65_HS1-834228961_62-HQ-83894_SUB_A
Agency: FBI
Page 67
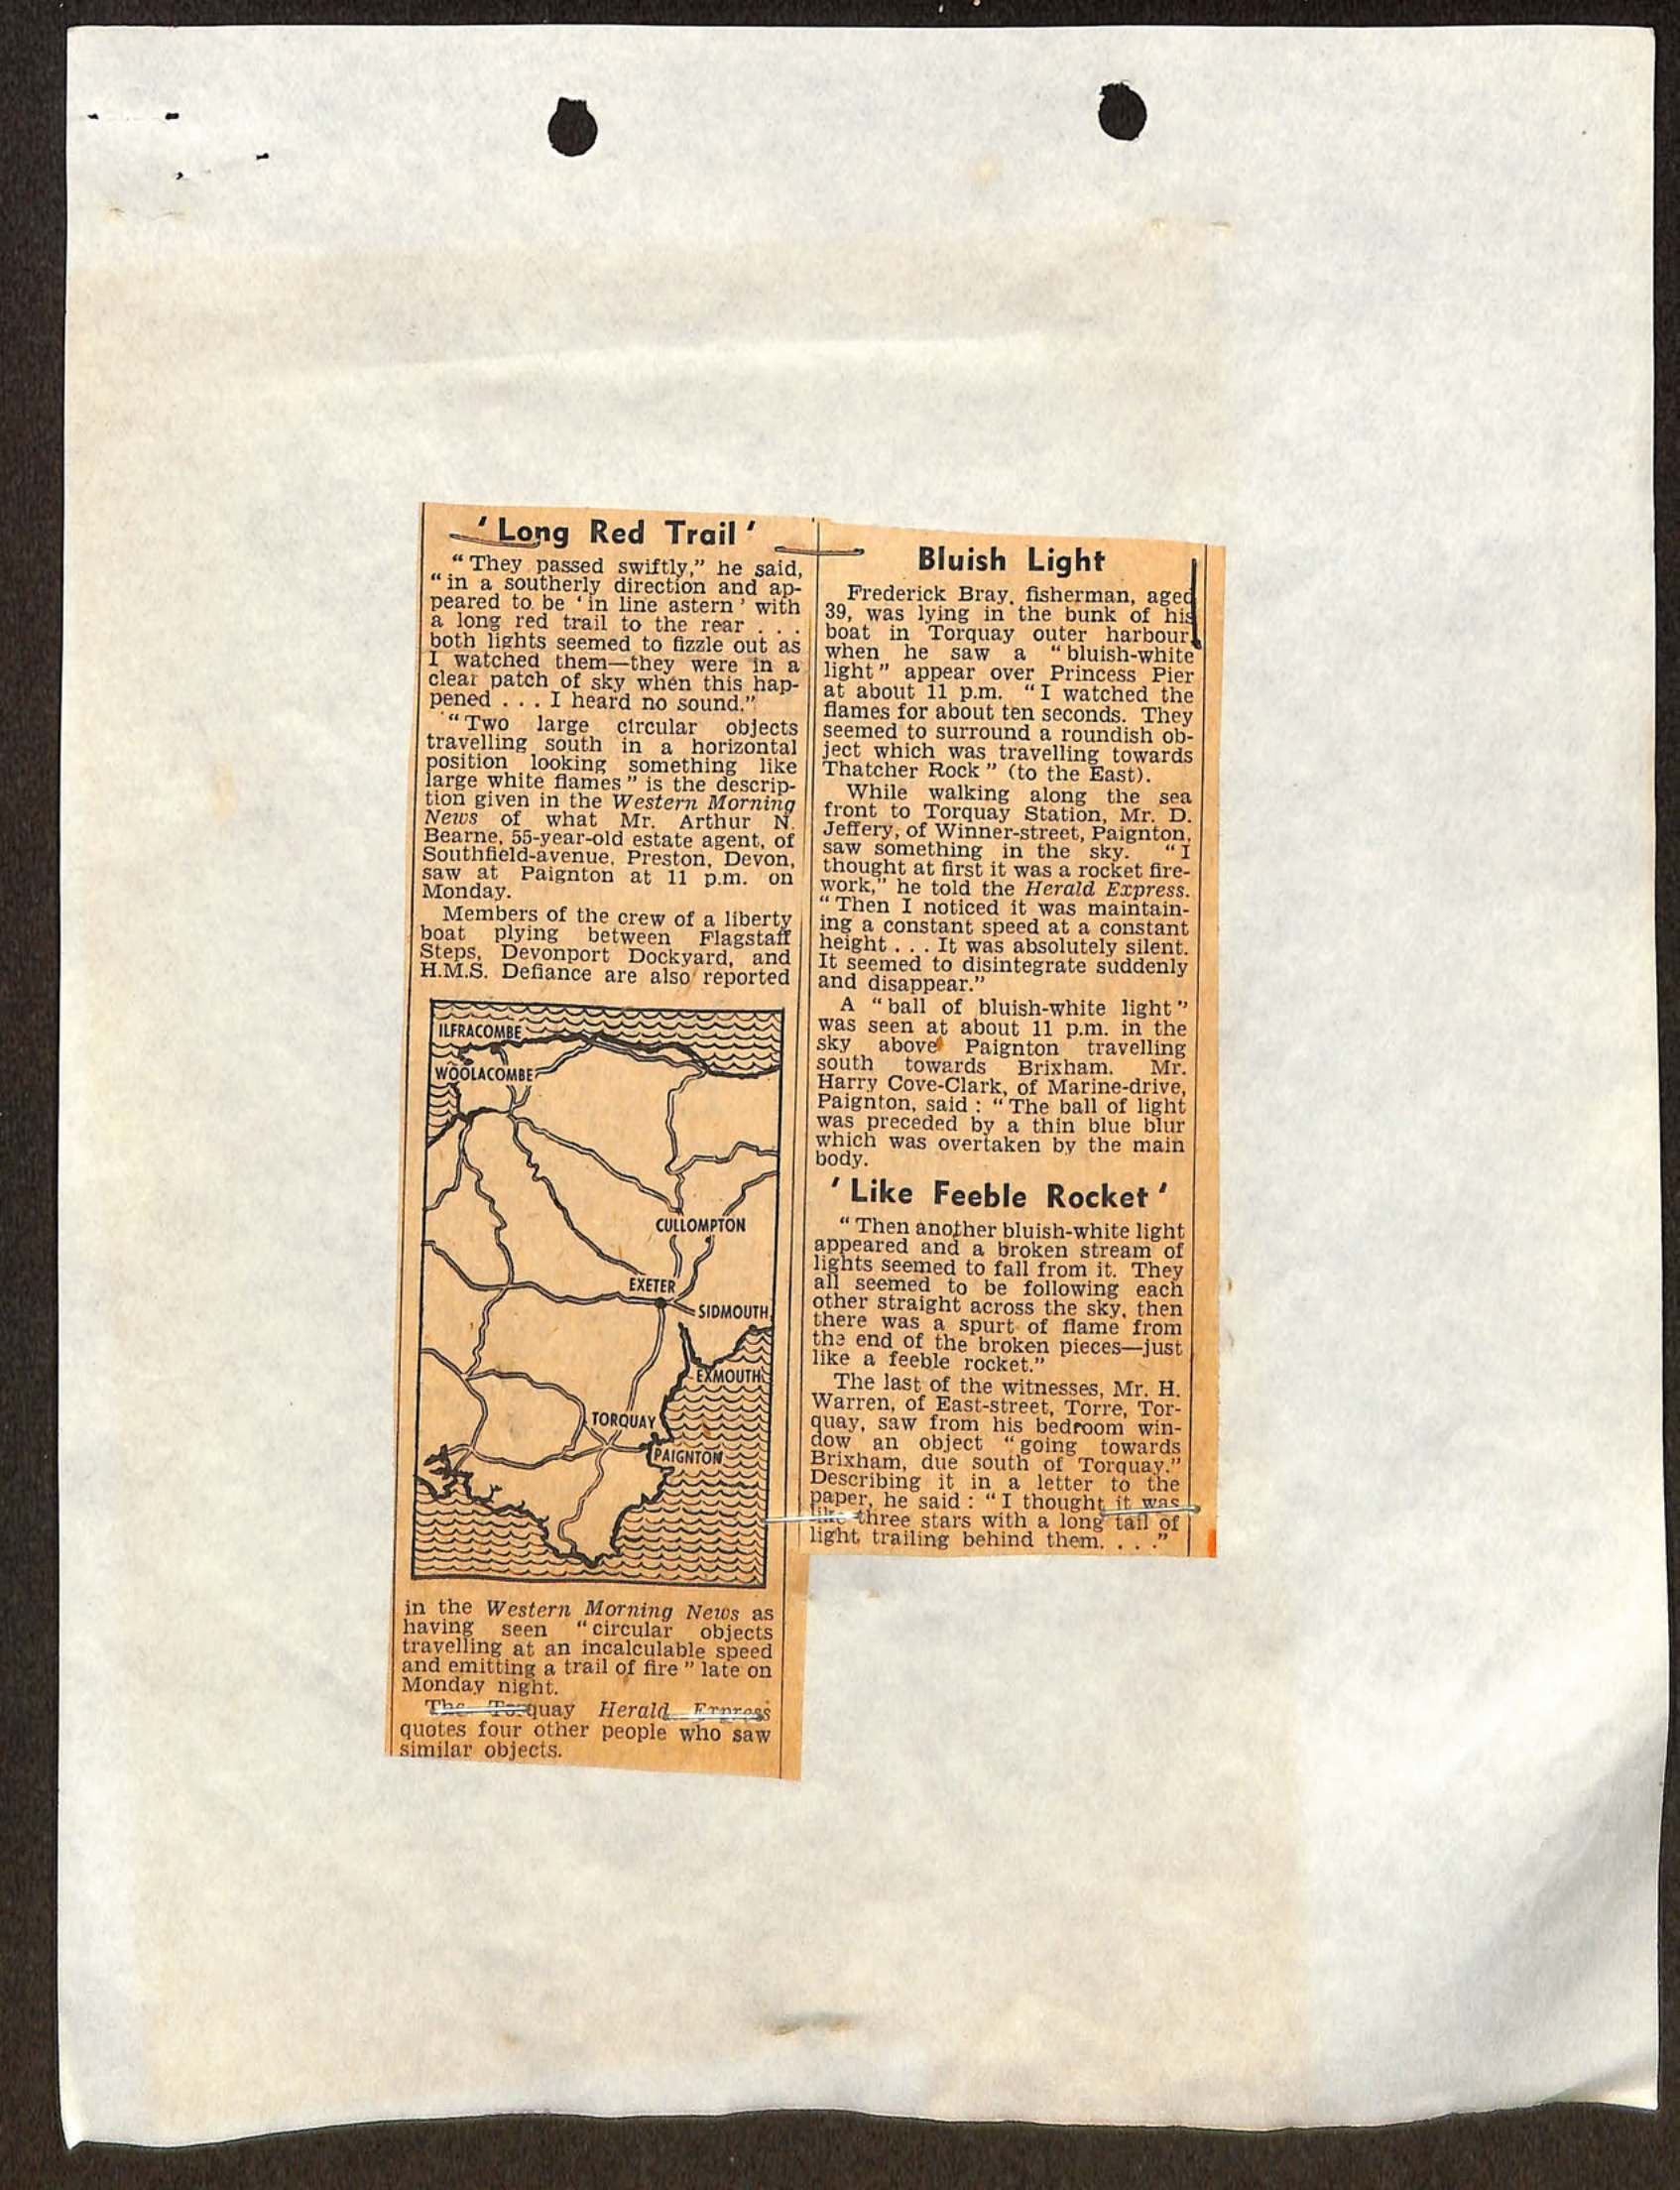